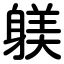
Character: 躾